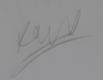
Signature authenticity: genuine